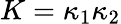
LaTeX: K=\kappa_{1}\kappa_{2}